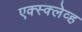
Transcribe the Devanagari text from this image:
एक्स्क्लेव्ह